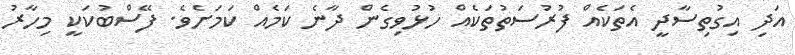
އަދި އިގުތިސާދީ އެތަކެއް ފުރުސަތުތަކެއް ހުޅުވިގެން ދާނެ ކަމެއް ކަމަށެވެ. ފޭސްބުކަކީ މިހާރު